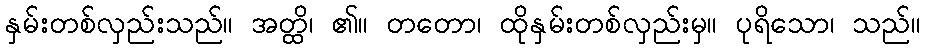
နှမ်းတစ်လှည်းသည်။ အတ္ထိ၊ ၏။ တတော၊ ထိုနှမ်းတစ်လှည်းမှ။ ပုရိသော၊ သည်။